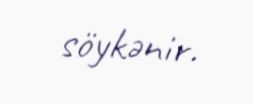
söykənir.